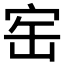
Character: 𡧰